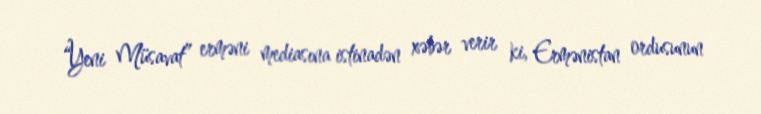
“Yeni Müsavat” erməni mediasına istinadən xəbər verir ki, Ermənistan ordusunun